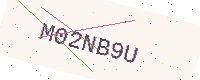
Text: M02NB9U